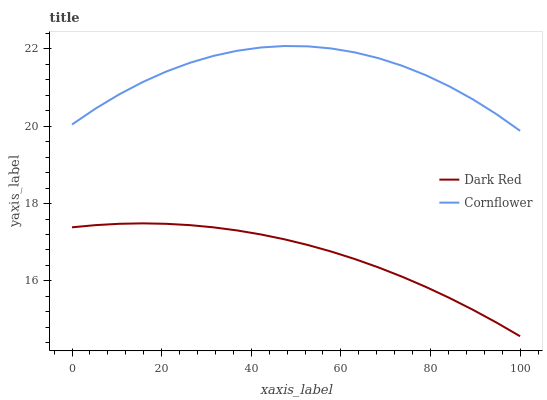
| xaxis_label | Dark Red | Cornflower |
 | --- | --- | --- |
 | 0 | 17.4 | 20 |
 | 5.26 | 17.4 | 20.5 |
 | 10.5 | 17.5 | 20.8 |
 | 15.8 | 17.5 | 21.1 |
 | 21.1 | 17.5 | 21.4 |
 | 26.3 | 17.4 | 21.6 |
 | 31.6 | 17.4 | 21.8 |
 | 36.8 | 17.3 | 22 |
 | 42.1 | 17.2 | 22 |
 | 47.4 | 17.1 | 22.1 |
 | 52.6 | 16.9 | 22.1 |
 | 57.9 | 16.8 | 22 |
 | 63.2 | 16.6 | 21.9 |
 | 68.4 | 16.3 | 21.8 |
 | 73.7 | 16.1 | 21.6 |
 | 78.9 | 15.8 | 21.3 |
 | 84.2 | 15.6 | 21 |
 | 89.5 | 15.3 | 20.7 |
 | 94.7 | 14.9 | 20.3 |
 | 100 | 14.6 | 19.9 |